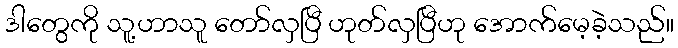
ဒါတွေကို သူ့ဟာသူ တော်လှပြီ ဟုတ်လှပြီဟု အောက်မေ့ခဲ့သည်။